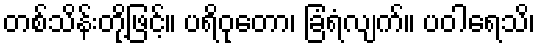
တစ်သိန်းတို့ဖြင့်။ ပရိဝုတော၊ ခြံရံလျက်။ ပဝါရေသိ၊